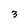
Character: 3